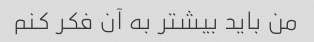
من باید بیشتر به آن فکر کنم